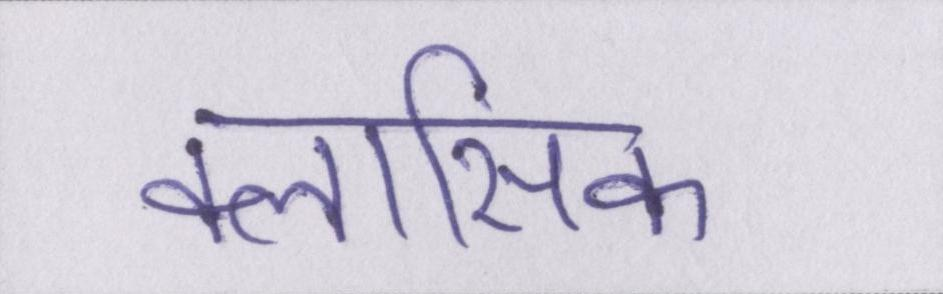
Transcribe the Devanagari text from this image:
क्लासिक